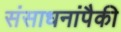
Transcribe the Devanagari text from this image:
संसाधनांपैकी